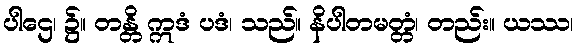
ပါဌေ၊ ၌။ တန္တိ ဣဒံ ပဒံ၊ သည်။ နိပါတမတ္တံ၊ တည်း။ ယဿ၊